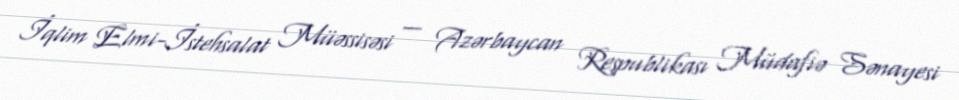
İqlim Elmi-İstehsalat Müəssisəsi — Azərbaycan Respublikası Müdafiə Sənayesi